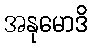
အနုမောဒိ